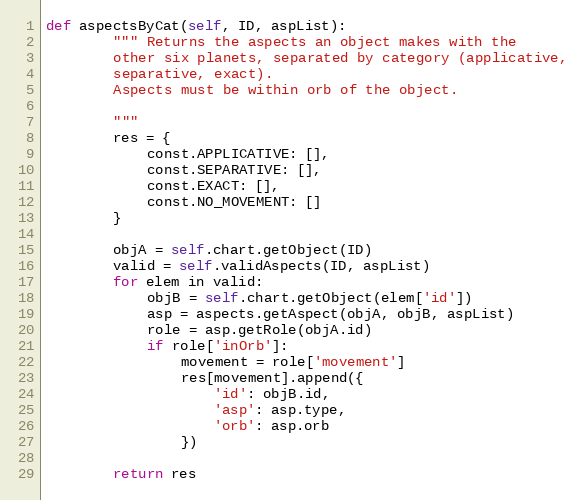
Language: Python
def aspectsByCat(self, ID, aspList):
        """ Returns the aspects an object makes with the
        other six planets, separated by category (applicative,
        separative, exact).
        Aspects must be within orb of the object.

        """
        res = {
            const.APPLICATIVE: [],
            const.SEPARATIVE: [],
            const.EXACT: [],
            const.NO_MOVEMENT: []
        }

        objA = self.chart.getObject(ID)
        valid = self.validAspects(ID, aspList)
        for elem in valid:
            objB = self.chart.getObject(elem['id'])
            asp = aspects.getAspect(objA, objB, aspList)
            role = asp.getRole(objA.id)
            if role['inOrb']:
                movement = role['movement']
                res[movement].append({
                    'id': objB.id,
                    'asp': asp.type,
                    'orb': asp.orb
                })

        return res